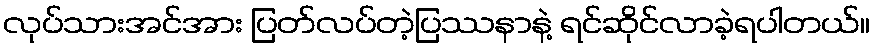
လုပ်သားအင်အား ပြတ်လပ်တဲ့ပြဿနာနဲ့ ရင်ဆိုင်လာခဲ့ရပါတယ်။